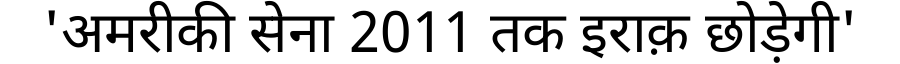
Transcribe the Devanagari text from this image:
'अमरीकी सेना 2011 तक इराक़ छोड़ेगी'